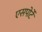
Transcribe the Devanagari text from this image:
एसपोर्टे